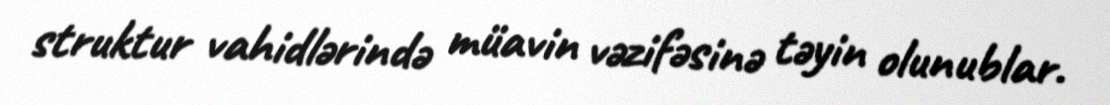
struktur vahidlərində müavin vəzifəsinə təyin olunublar.